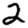
Digit: 2